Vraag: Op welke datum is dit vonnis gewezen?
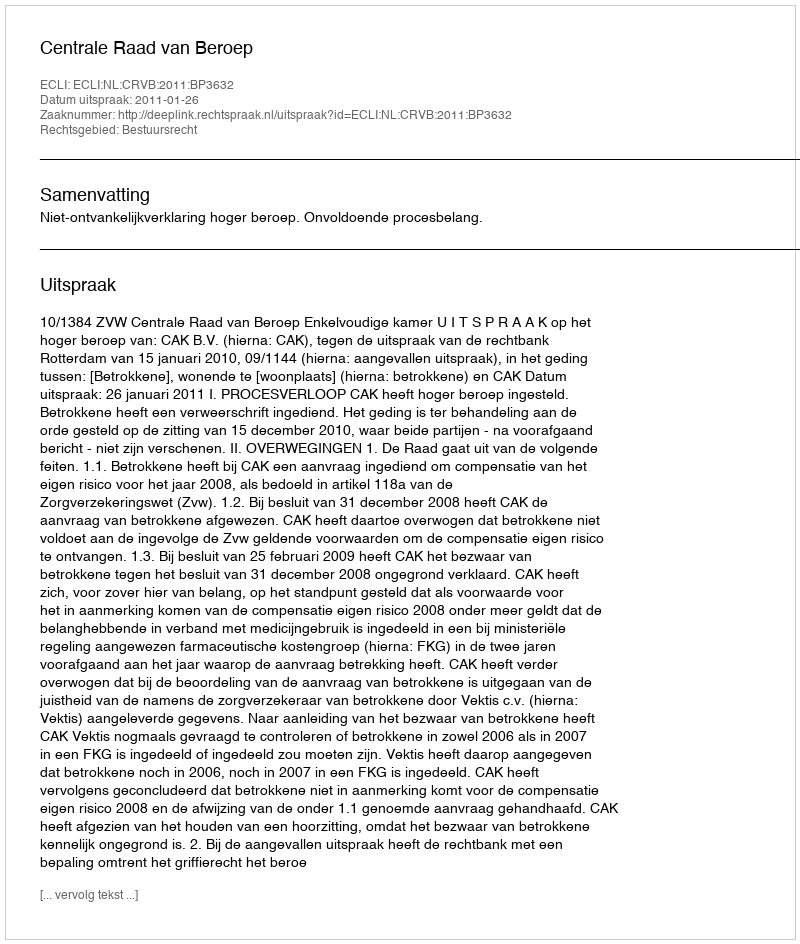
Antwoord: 2011-01-26